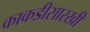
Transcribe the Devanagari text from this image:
काकडीसारखी